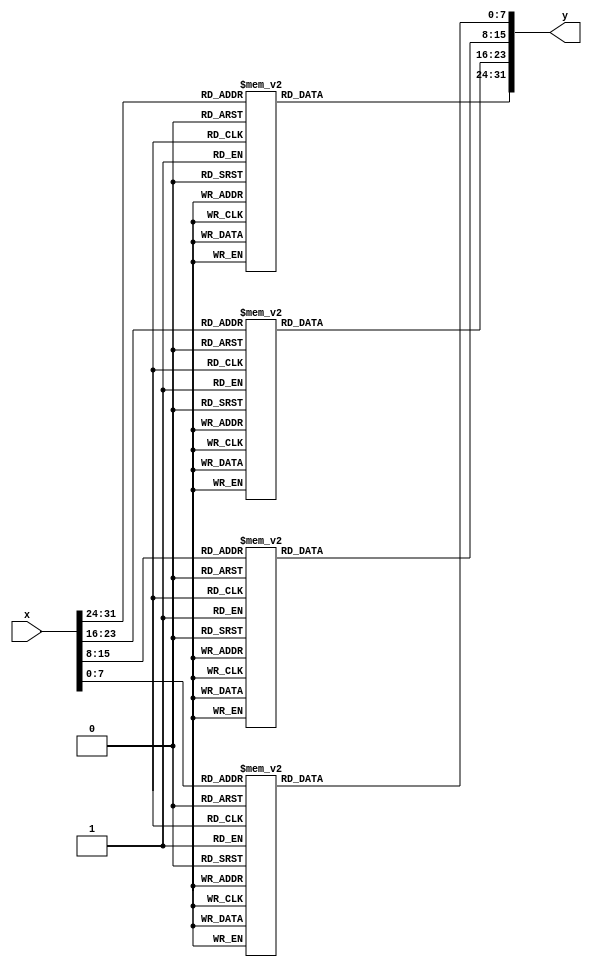
/////////////////////////////
//        SubBytes         //
/////////////////////////////
module SubBytes (x, y);
  input  [31:0] x;
  output [31:0] y;

  function [7:0] S;
  input    [7:0] x;
    case (x)
        0:S= 99;   1:S=124;   2:S=119;   3:S=123;   4:S=242;   5:S=107;   6:S=111;   7:S=197;
        8:S= 48;   9:S=  1;  10:S=103;  11:S= 43;  12:S=254;  13:S=215;  14:S=171;  15:S=118;
       16:S=202;  17:S=130;  18:S=201;  19:S=125;  20:S=250;  21:S= 89;  22:S= 71;  23:S=240;
       24:S=173;  25:S=212;  26:S=162;  27:S=175;  28:S=156;  29:S=164;  30:S=114;  31:S=192;
       32:S=183;  33:S=253;  34:S=147;  35:S= 38;  36:S= 54;  37:S= 63;  38:S=247;  39:S=204;
       40:S= 52;  41:S=165;  42:S=229;  43:S=241;  44:S=113;  45:S=216;  46:S= 49;  47:S= 21;
       48:S=  4;  49:S=199;  50:S= 35;  51:S=195;  52:S= 24;  53:S=150;  54:S=  5;  55:S=154;
       56:S=  7;  57:S= 18;  58:S=128;  59:S=226;  60:S=235;  61:S= 39;  62:S=178;  63:S=117;
       64:S=  9;  65:S=131;  66:S= 44;  67:S= 26;  68:S= 27;  69:S=110;  70:S= 90;  71:S=160;
       72:S= 82;  73:S= 59;  74:S=214;  75:S=179;  76:S= 41;  77:S=227;  78:S= 47;  79:S=132;
       80:S= 83;  81:S=209;  82:S=  0;  83:S=237;  84:S= 32;  85:S=252;  86:S=177;  87:S= 91;
       88:S=106;  89:S=203;  90:S=190;  91:S= 57;  92:S= 74;  93:S= 76;  94:S= 88;  95:S=207;
       96:S=208;  97:S=239;  98:S=170;  99:S=251; 100:S= 67; 101:S= 77; 102:S= 51; 103:S=133;
      104:S= 69; 105:S=249; 106:S=  2; 107:S=127; 108:S= 80; 109:S= 60; 110:S=159; 111:S=168;
      112:S= 81; 113:S=163; 114:S= 64; 115:S=143; 116:S=146; 117:S=157; 118:S= 56; 119:S=245;
      120:S=188; 121:S=182; 122:S=218; 123:S= 33; 124:S= 16; 125:S=255; 126:S=243; 127:S=210;
      128:S=205; 129:S= 12; 130:S= 19; 131:S=236; 132:S= 95; 133:S=151; 134:S= 68; 135:S= 23;
      136:S=196; 137:S=167; 138:S=126; 139:S= 61; 140:S=100; 141:S= 93; 142:S= 25; 143:S=115;
      144:S= 96; 145:S=129; 146:S= 79; 147:S=220; 148:S= 34; 149:S= 42; 150:S=144; 151:S=136;
      152:S= 70; 153:S=238; 154:S=184; 155:S= 20; 156:S=222; 157:S= 94; 158:S= 11; 159:S=219;
      160:S=224; 161:S= 50; 162:S= 58; 163:S= 10; 164:S= 73; 165:S=  6; 166:S= 36; 167:S= 92;
      168:S=194; 169:S=211; 170:S=172; 171:S= 98; 172:S=145; 173:S=149; 174:S=228; 175:S=121;
      176:S=231; 177:S=200; 178:S= 55; 179:S=109; 180:S=141; 181:S=213; 182:S= 78; 183:S=169;
      184:S=108; 185:S= 86; 186:S=244; 187:S=234; 188:S=101; 189:S=122; 190:S=174; 191:S=  8;
      192:S=186; 193:S=120; 194:S= 37; 195:S= 46; 196:S= 28; 197:S=166; 198:S=180; 199:S=198;
      200:S=232; 201:S=221; 202:S=116; 203:S= 31; 204:S= 75; 205:S=189; 206:S=139; 207:S=138;
      208:S=112; 209:S= 62; 210:S=181; 211:S=102; 212:S= 72; 213:S=  3; 214:S=246; 215:S= 14;
      216:S= 97; 217:S= 53; 218:S= 87; 219:S=185; 220:S=134; 221:S=193; 222:S= 29; 223:S=158;
      224:S=225; 225:S=248; 226:S=152; 227:S= 17; 228:S=105; 229:S=217; 230:S=142; 231:S=148;
      232:S=155; 233:S= 30; 234:S=135; 235:S=233; 236:S=206; 237:S= 85; 238:S= 40; 239:S=223;
      240:S=140; 241:S=161; 242:S=137; 243:S= 13; 244:S=191; 245:S=230; 246:S= 66; 247:S=104;
      248:S= 65; 249:S=153; 250:S= 45; 251:S= 15; 252:S=176; 253:S= 84; 254:S=187; 255:S= 22;
    endcase
  endfunction

  assign y = {S(x[31:24]), S(x[23:16]), S(x[15: 8]), S(x[ 7: 0])};
endmodule


/////////////////////////////
//      InvSubBytes        //
/////////////////////////////
module InvSubBytes (x, y);
  input  [31:0] x;
  output [31:0] y;

  function [7:0] S;
  input    [7:0] x;
    case (x)
        0:S= 82;   1:S=  9;   2:S=106;   3:S=213;   4:S= 48;   5:S= 54;   6:S=165;   7:S= 56;
        8:S=191;   9:S= 64;  10:S=163;  11:S=158;  12:S=129;  13:S=243;  14:S=215;  15:S=251;
       16:S=124;  17:S=227;  18:S= 57;  19:S=130;  20:S=155;  21:S= 47;  22:S=255;  23:S=135;
       24:S= 52;  25:S=142;  26:S= 67;  27:S= 68;  28:S=196;  29:S=222;  30:S=233;  31:S=203;
       32:S= 84;  33:S=123;  34:S=148;  35:S= 50;  36:S=166;  37:S=194;  38:S= 35;  39:S= 61;
       40:S=238;  41:S= 76;  42:S=149;  43:S= 11;  44:S= 66;  45:S=250;  46:S=195;  47:S= 78;
       48:S=  8;  49:S= 46;  50:S=161;  51:S=102;  52:S= 40;  53:S=217;  54:S= 36;  55:S=178;
       56:S=118;  57:S= 91;  58:S=162;  59:S= 73;  60:S=109;  61:S=139;  62:S=209;  63:S= 37;
       64:S=114;  65:S=248;  66:S=246;  67:S=100;  68:S=134;  69:S=104;  70:S=152;  71:S= 22;
       72:S=212;  73:S=164;  74:S= 92;  75:S=204;  76:S= 93;  77:S=101;  78:S=182;  79:S=146;
       80:S=108;  81:S=112;  82:S= 72;  83:S= 80;  84:S=253;  85:S=237;  86:S=185;  87:S=218;
       88:S= 94;  89:S= 21;  90:S= 70;  91:S= 87;  92:S=167;  93:S=141;  94:S=157;  95:S=132;
       96:S=144;  97:S=216;  98:S=171;  99:S=  0; 100:S=140; 101:S=188; 102:S=211; 103:S= 10;
      104:S=247; 105:S=228; 106:S= 88; 107:S=  5; 108:S=184; 109:S=179; 110:S= 69; 111:S=  6;
      112:S=208; 113:S= 44; 114:S= 30; 115:S=143; 116:S=202; 117:S= 63; 118:S= 15; 119:S=  2;
      120:S=193; 121:S=175; 122:S=189; 123:S=  3; 124:S=  1; 125:S= 19; 126:S=138; 127:S=107;
      128:S= 58; 129:S=145; 130:S= 17; 131:S= 65; 132:S= 79; 133:S=103; 134:S=220; 135:S=234;
      136:S=151; 137:S=242; 138:S=207; 139:S=206; 140:S=240; 141:S=180; 142:S=230; 143:S=115;
      144:S=150; 145:S=172; 146:S=116; 147:S= 34; 148:S=231; 149:S=173; 150:S= 53; 151:S=133;
      152:S=226; 153:S=249; 154:S= 55; 155:S=232; 156:S= 28; 157:S=117; 158:S=223; 159:S=110;
      160:S= 71; 161:S=241; 162:S= 26; 163:S=113; 164:S= 29; 165:S= 41; 166:S=197; 167:S=137;
      168:S=111; 169:S=183; 170:S= 98; 171:S= 14; 172:S=170; 173:S= 24; 174:S=190; 175:S= 27;
      176:S=252; 177:S= 86; 178:S= 62; 179:S= 75; 180:S=198; 181:S=210; 182:S=121; 183:S= 32;
      184:S=154; 185:S=219; 186:S=192; 187:S=254; 188:S=120; 189:S=205; 190:S= 90; 191:S=244;
      192:S= 31; 193:S=221; 194:S=168; 195:S= 51; 196:S=136; 197:S=  7; 198:S=199; 199:S= 49;
      200:S=177; 201:S= 18; 202:S= 16; 203:S= 89; 204:S= 39; 205:S=128; 206:S=236; 207:S= 95;
      208:S= 96; 209:S= 81; 210:S=127; 211:S=169; 212:S= 25; 213:S=181; 214:S= 74; 215:S= 13;
      216:S= 45; 217:S=229; 218:S=122; 219:S=159; 220:S=147; 221:S=201; 222:S=156; 223:S=239;
      224:S=160; 225:S=224; 226:S= 59; 227:S= 77; 228:S=174; 229:S= 42; 230:S=245; 231:S=176;
      232:S=200; 233:S=235; 234:S=187; 235:S= 60; 236:S=131; 237:S= 83; 238:S=153; 239:S= 97;
      240:S= 23; 241:S= 43; 242:S=  4; 243:S=126; 244:S=186; 245:S=119; 246:S=214; 247:S= 38;
      248:S=225; 249:S=105; 250:S= 20; 251:S= 99; 252:S= 85; 253:S= 33; 254:S= 12; 255:S=125; 
    endcase
  endfunction

  assign y = {S(x[31:24]), S(x[23:16]), S(x[15: 8]), S(x[ 7: 0])};
endmodule


/////////////////////////////
//       MixColumns        //
/////////////////////////////
module MixColumns(x, y);
  input  [31:0]  x;
  output [31:0]  y;

  wire [7:0] a3, a2, a1, a0, b3, b2, b1, b0;

  assign a3 = x[31:24];
  assign a2 = x[23:16];
  assign a1 = x[15: 8];
  assign a0 = x[ 7: 0];

  assign b3 = a3 ^ a2;
  assign b2 = a2 ^ a1;
  assign b1 = a1 ^ a0;
  assign b0 = a0 ^ a3;

  assign y = {a2[7] ^ b1[7] ^ b3[6],
              a2[6] ^ b1[6] ^ b3[5],
              a2[5] ^ b1[5] ^ b3[4],
              a2[4] ^ b1[4] ^ b3[3] ^ b3[7],
              a2[3] ^ b1[3] ^ b3[2] ^ b3[7],
              a2[2] ^ b1[2] ^ b3[1],
              a2[1] ^ b1[1] ^ b3[0] ^ b3[7],
              a2[0] ^ b1[0] ^ b3[7],
              a3[7] ^ b1[7] ^ b2[6],
              a3[6] ^ b1[6] ^ b2[5],
              a3[5] ^ b1[5] ^ b2[4],
              a3[4] ^ b1[4] ^ b2[3] ^ b2[7],
              a3[3] ^ b1[3] ^ b2[2] ^ b2[7],
              a3[2] ^ b1[2] ^ b2[1],
              a3[1] ^ b1[1] ^ b2[0] ^ b2[7],
              a3[0] ^ b1[0] ^ b2[7],
              a0[7] ^ b3[7] ^ b1[6],
              a0[6] ^ b3[6] ^ b1[5],
              a0[5] ^ b3[5] ^ b1[4],
              a0[4] ^ b3[4] ^ b1[3] ^ b1[7],
              a0[3] ^ b3[3] ^ b1[2] ^ b1[7],
              a0[2] ^ b3[2] ^ b1[1],
              a0[1] ^ b3[1] ^ b1[0] ^ b1[7],
              a0[0] ^ b3[0] ^ b1[7],
              a1[7] ^ b3[7] ^ b0[6],
              a1[6] ^ b3[6] ^ b0[5],
              a1[5] ^ b3[5] ^ b0[4],
              a1[4] ^ b3[4] ^ b0[3] ^ b0[7],
              a1[3] ^ b3[3] ^ b0[2] ^ b0[7],
              a1[2] ^ b3[2] ^ b0[1],
              a1[1] ^ b3[1] ^ b0[0] ^ b0[7],
              a1[0] ^ b3[0] ^ b0[7]};
endmodule


/////////////////////////////
//     InvMixColumns       //
/////////////////////////////
module InvMixColumns(x, y);
  input  [31:0]  x;
  output [31:0]  y;

  wire [7:0] a3, a2, a1, a0, b3, b2, b1, b0;
  wire [7:0] c3, c2, c1, c0, d3, d2, d1, d0;

  assign a3 = x[31:24];
  assign a2 = x[23:16];
  assign a1 = x[15: 8];
  assign a0 = x[ 7: 0];

  assign b3 = a3 ^ a2;
  assign b2 = a2 ^ a1;
  assign b1 = a1 ^ a0;
  assign b0 = a0 ^ a3;

  assign c3 = {a2[7] ^ b1[7] ^ b3[6],
               a2[6] ^ b1[6] ^ b3[5],
               a2[5] ^ b1[5] ^ b3[4],
               a2[4] ^ b1[4] ^ b3[3] ^ b3[7],
               a2[3] ^ b1[3] ^ b3[2] ^ b3[7],
               a2[2] ^ b1[2] ^ b3[1],
               a2[1] ^ b1[1] ^ b3[0] ^ b3[7],
               a2[0] ^ b1[0] ^ b3[7]};
  assign c2 = {a3[7] ^ b1[7] ^ b2[6],
               a3[6] ^ b1[6] ^ b2[5],
               a3[5] ^ b1[5] ^ b2[4],
               a3[4] ^ b1[4] ^ b2[3] ^ b2[7],
               a3[3] ^ b1[3] ^ b2[2] ^ b2[7],
               a3[2] ^ b1[2] ^ b2[1],
               a3[1] ^ b1[1] ^ b2[0] ^ b2[7],
               a3[0] ^ b1[0] ^ b2[7]};
  assign c1 = {a0[7] ^ b3[7] ^ b1[6],
               a0[6] ^ b3[6] ^ b1[5],
               a0[5] ^ b3[5] ^ b1[4],
               a0[4] ^ b3[4] ^ b1[3] ^ b1[7],
               a0[3] ^ b3[3] ^ b1[2] ^ b1[7],
               a0[2] ^ b3[2] ^ b1[1],
               a0[1] ^ b3[1] ^ b1[0] ^ b1[7],
               a0[0] ^ b3[0] ^ b1[7]};
  assign c0 = {a1[7] ^ b3[7] ^ b0[6],
               a1[6] ^ b3[6] ^ b0[5],
               a1[5] ^ b3[5] ^ b0[4],
               a1[4] ^ b3[4] ^ b0[3] ^ b0[7],
               a1[3] ^ b3[3] ^ b0[2] ^ b0[7],
               a1[2] ^ b3[2] ^ b0[1],
               a1[1] ^ b3[1] ^ b0[0] ^ b0[7],
               a1[0] ^ b3[0] ^ b0[7]};
  assign d3 = {c3[5], c3[4], c3[3] ^ c3[7], c3[2] ^ c3[7] ^ c3[6],
               c3[1] ^ c3[6], c3[0] ^ c3[7], c3[7] ^ c3[6], c3[6]};
  assign d2 = {c2[5], c2[4], c2[3] ^ c2[7], c2[2] ^ c2[7] ^ c2[6],
               c2[1] ^ c2[6], c2[0] ^ c2[7], c2[7] ^ c2[6], c2[6]};
  assign d1 = {c1[5], c1[4], c1[3] ^ c1[7], c1[2] ^ c1[7] ^ c1[6],
               c1[1] ^ c1[6], c1[0] ^ c1[7], c1[7] ^ c1[6], c1[6]};
  assign d0 = {c0[5], c0[4], c0[3] ^ c0[7], c0[2] ^ c0[7] ^ c0[6],
               c0[1] ^ c0[6], c0[0] ^ c0[7], c0[7] ^ c0[6], c0[6]};
  assign y  = {d3 ^ d1 ^ c3, d2 ^ d0 ^ c2, d3 ^ d1 ^ c1, d2 ^ d0 ^ c0};
endmodule


/////////////////////////////
//     Encryotion Core     //
/////////////////////////////
module EncCore(di, ki, Rrg, do, ko);
  input  [127:0] di;
  input  [127:0] ki;
  input  [9:0]   Rrg;
  output [127:0] do;
  output [127:0] ko;

  wire   [127:0] sb, sr, mx;
  wire   [31:0]  so;

  SubBytes SB3 (di[127:96], sb[127:96]);
  SubBytes SB2 (di[ 95:64], sb[ 95:64]);
  SubBytes SB1 (di[ 63:32], sb[ 63:32]);
  SubBytes SB0 (di[ 31: 0], sb[ 31: 0]);

  assign sr = {sb[127:120], sb[ 87: 80], sb[ 47: 40], sb[  7:  0],
               sb[ 95: 88], sb[ 55: 48], sb[ 15:  8], sb[103: 96],
               sb[ 63: 56], sb[ 23: 16], sb[111:104], sb[ 71: 64],
               sb[ 31: 24], sb[119:112], sb[ 79: 72], sb[ 39: 32]};

  MixColumns MX3 (sr[127:96], mx[127:96]);
  MixColumns MX2 (sr[ 95:64], mx[ 95:64]);
  MixColumns MX1 (sr[ 63:32], mx[ 63:32]);
  MixColumns MX0 (sr[ 31: 0], mx[ 31: 0]);

  assign do = ((Rrg[0] == 1)? sr: mx) ^ ki;

  function [7:0] rcon;
  input [9:0] x;
    casex (x)
      10'bxxxxxxxxx1: rcon = 8'h01;
      10'bxxxxxxxx1x: rcon = 8'h02;
      10'bxxxxxxx1xx: rcon = 8'h04;
      10'bxxxxxx1xxx: rcon = 8'h08;
      10'bxxxxx1xxxx: rcon = 8'h10;
      10'bxxxx1xxxxx: rcon = 8'h20;
      10'bxxx1xxxxxx: rcon = 8'h40;
      10'bxx1xxxxxxx: rcon = 8'h80;
      10'bx1xxxxxxxx: rcon = 8'h1b;
      10'b1xxxxxxxxx: rcon = 8'h36;
    endcase
  endfunction

  SubBytes SBK ({ki[23:16], ki[15:8], ki[7:0], ki[31:24]}, so);

  assign ko[127:96] = ki[127:96] ^ {so[31:24] ^ rcon(Rrg), so[23: 0]};
  assign ko[ 95:64] = ki[ 95:64] ^ ko[127:96];
  assign ko[ 63:32] = ki[ 63:32] ^ ko[ 95:64];
  assign ko[ 31: 0] = ki[ 31: 0] ^ ko[ 63:32];
endmodule


/////////////////////////////
//     Decryotion Core     //
/////////////////////////////
module DecCore(di, ki, Rrg, do, ko);
  input  [127:0] di;
  input  [127:0] ki;
  input  [9:0]   Rrg;
  output [127:0] do;
  output [127:0] ko;

  wire   [127:0] sb, sr, mx, dx;
  wire   [31:0]  so;

  InvMixColumns MX3 (di[127:96], mx[127:96]);
  InvMixColumns MX2 (di[ 95:64], mx[ 95:64]);
  InvMixColumns MX1 (di[ 63:32], mx[ 63:32]);
  InvMixColumns MX0 (di[ 31: 0], mx[ 31: 0]);

  assign dx = (Rrg[8] == 1)? di: mx;
  assign sr = {dx[127:120], dx[ 23: 16], dx[ 47: 40], dx[ 71: 64],
               dx[ 95: 88], dx[119:112], dx[ 15:  8], dx[ 39: 32],
               dx[ 63: 56], dx[ 87: 80], dx[111:104], dx[  7:  0],
               dx[ 31: 24], dx[ 55: 48], dx[ 79: 72], dx[103: 96]};

  InvSubBytes SB3 (sr[127:96], sb[127:96]);
  InvSubBytes SB2 (sr[ 95:64], sb[ 95:64]);
  InvSubBytes SB1 (sr[ 63:32], sb[ 63:32]);
  InvSubBytes SB0 (sr[ 31: 0], sb[ 31: 0]);

  assign do = sb ^ ki;

  function [7:0] rcon;
  input [9:0] x;
    casex (x)
      10'bxxxxxxxxx1: rcon = 8'h01;
      10'bxxxxxxxx1x: rcon = 8'h02;
      10'bxxxxxxx1xx: rcon = 8'h04;
      10'bxxxxxx1xxx: rcon = 8'h08;
      10'bxxxxx1xxxx: rcon = 8'h10;
      10'bxxxx1xxxxx: rcon = 8'h20;
      10'bxxx1xxxxxx: rcon = 8'h40;
      10'bxx1xxxxxxx: rcon = 8'h80;
      10'bx1xxxxxxxx: rcon = 8'h1b;
      10'b1xxxxxxxxx: rcon = 8'h36;
    endcase
  endfunction

  SubBytes SBK ({ko[23:16], ko[15:8], ko[7:0], ko[31:24]}, so);
  assign ko[127:96] = ki[127:96] ^ {so[31:24] ^ rcon(Rrg), so[23: 0]};
  assign ko[ 95:64] = ki[ 95:64] ^ ki[127:96];
  assign ko[ 63:32] = ki[ 63:32] ^ ki[ 95:64];
  assign ko[ 31: 0] = ki[ 31: 0] ^ ki[ 63:32];
endmodule


/////////////////////////////
//   AES for encryption    //
/////////////////////////////
module AES_ENC(Din, Key, Dout, Drdy, Krdy, RSTn, EN, CLK, BSY, Dvld);
  input  [127:0] Din;  // Data input
  input  [127:0] Key;  // Key input
  output [127:0] Dout; // Data output
  input  Drdy;         // Data input ready
  input  Krdy;         // Key input ready
  input  RSTn;         // Reset (Low active)
  input  EN;           // AES circuit enable
  input  CLK;          // System clock
  output BSY;          // Busy signal
  output Dvld;         // Data output valid

  reg  [127:0] Drg;    // Data register
  reg  [127:0] Krg;    // Key register
  reg  [127:0] KrgX;   // Temporary key Register
  reg  [9:0]   Rrg;    // Round counter
  reg  Dvldrg, BSYrg;
  wire [127:0] Dnext, Knext;

  EncCore EC (Drg, KrgX, Rrg, Dnext, Knext);

  assign Dvld = Dvldrg;
  assign Dout = Drg;
  assign BSY  = BSYrg;

  always @(posedge CLK) begin
    if (RSTn == 0) begin
      Rrg    <= 10'b0000000001;
      Dvldrg <= 0;
      BSYrg  <= 0;
    end
    else if (EN == 1) begin
       if (BSYrg == 0) begin
        if (Krdy == 1) begin
          Krg    <= Key;
          KrgX   <= Key;
          Dvldrg <= 0;
        end
        else if (Drdy == 1) begin
          Rrg    <= {Rrg[8:0], Rrg[9]};
          KrgX   <= Knext;
          Drg    <= Din ^ Krg;
          Dvldrg <= 0;
          BSYrg  <= 1;
        end
      end
      else begin
        Drg <= Dnext;
        if (Rrg[0] == 1) begin
          KrgX   <= Krg;
          Dvldrg <= 1;
          BSYrg  <= 0;
        end
        else begin
          Rrg    <= {Rrg[8:0], Rrg[9]};
          KrgX   <= Knext;
        end
      end
    end
  end
endmodule


/////////////////////////////
//   AES for decryption    //
/////////////////////////////
module AES_DEC(Din, Key, Dout, Drdy, Krdy, RSTn, EN, CLK, BSY, Dvld);
  input  [127:0] Din;  // Data input
  input  [127:0] Key;  // Key input
  output [127:0] Dout; // Data output
  input  Drdy;         // Data input ready
  input  Krdy;         // Key input ready
  input  RSTn;         // Reset (Low active)
  input  EN;           // AES circuit enable
  input  CLK;          // System clock
  output BSY;          // Busy signal
  output Dvld;         // Data output valid

  reg  [127:0] Drg;    // Data register
  reg  [127:0] Krg;    // Key register
  reg  [127:0] KrgX;   // Temporary key Register
  reg  [9:0]   Rrg;    // Round counter
  reg  Dvldrg, BSYrg;
  wire [127:0] Dnext, Knext;

  DecCore DC (Drg, KrgX, Rrg, Dnext, Knext);

  assign Dvld = Dvldrg;
  assign Dout = Drg;
  assign BSY  = BSYrg;

  always @(posedge CLK) begin
    if (RSTn == 0) begin
      Rrg    <= 10'b1000000000;
      Dvldrg <= 0;
      BSYrg  <= 0;
    end
    else if (EN == 1) begin
      if (BSYrg == 0) begin
        if (Krdy == 1) begin
          Krg    <= Key;
          KrgX   <= Key;
          Dvldrg <= 0;
        end
        else if (Drdy == 1) begin
          KrgX   <= Knext;
          Drg    <= Din ^ Krg;
          Rrg <= {Rrg[0], Rrg[9:1]};
          Dvldrg <= 0;
          BSYrg  <= 1;
        end
      end
      else begin
        Drg <= Dnext;
        if (Rrg[9] == 1) begin
          KrgX   <= Krg;
          Dvldrg <= 1;
          BSYrg  <= 0;
        end
        else begin
          Rrg    <= {Rrg[0], Rrg[9:1]};
          KrgX   <= Knext;
        end
      end
    end
  end
endmodule